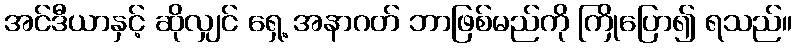
အင်ဒီယာနှင့် ဆိုလျှင် ရှေ့ အနာဂတ် ဘာဖြစ်မည်ကို ကြိုပြော၍ ရသည်။